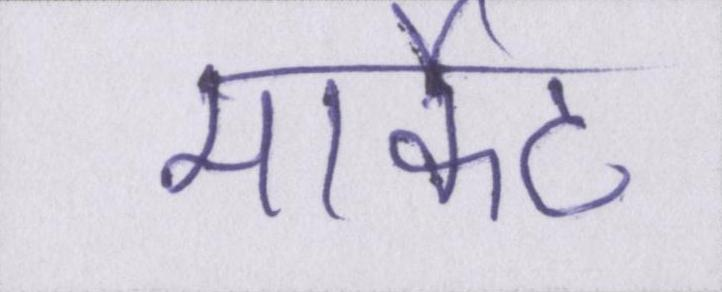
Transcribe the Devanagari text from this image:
मार्केट